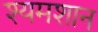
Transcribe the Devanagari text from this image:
श्यमशान